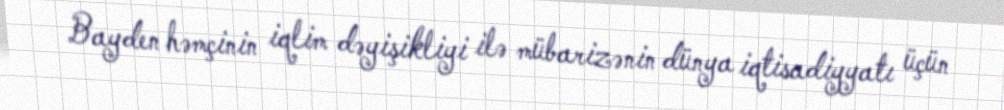
Bayden həmçinin iqlim dəyişikliyi ilə mübarizənin dünya iqtisadiyyatı üçün